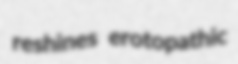
reshines erotopathic